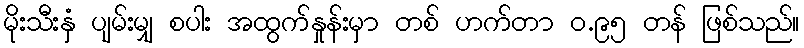
မိုးသီးနှံ ပျမ်းမျှ စပါး အထွက်နှုန်းမှာ တစ် ဟက်တာ ဝ.၉၅ တန် ဖြစ်သည်။